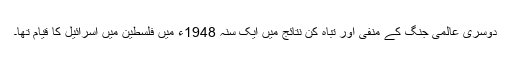
دوسری عالمی جنگ کے منفی اور تباہ کن نتائج میں ایک سنہ 1948ء میں فلسطین میں اسرائیل کا قیام تھا۔